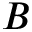
B